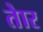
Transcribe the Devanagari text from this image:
तेार